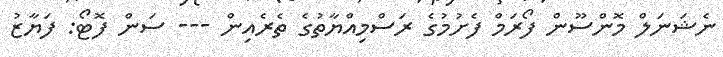
ނެޝަނަލް މޮންސޫން ފޯރަމް ފެށުމުގެ ރަސްމިއްޔާތުގެ ތެރެއިން --- ސަން ފޮޓޯ: ފަޔާޒު